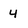
Character: 4